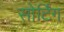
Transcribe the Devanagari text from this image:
सोर्टिंग